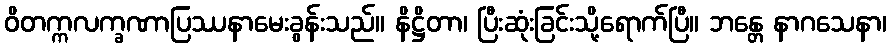
ဝိတက္ကလက္ခဏာပြဿနာမေးခွန်းသည်။ နိဋ္ဌိတာ၊ ပြီးဆုံးခြင်းသို့ရောက်ပြီ။ ဘန္တေ နာဂသေနာ၊